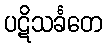
ပဋိသင်္ခတေ